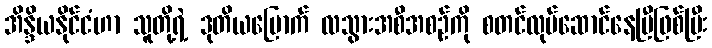
အိန္ဒိယနိုင်ငံဟာ သူတို့ရဲ့ ဒုတိယမြောက် လသွားအစီအစဉ်ကို စတင်လုပ်ဆောင်နေပြီဖြစ်ပြီး